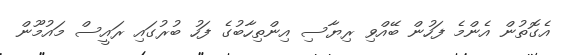
އެގޮތުން އެންމެ ފަހުން ބޭއްވި ރިޔާސި އިންތިހާބުގެ ފަހު ބުރުގައި ރައީސް މައުމޫން